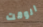
الوقت